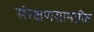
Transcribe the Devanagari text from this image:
संरक्षणसामग्रीत